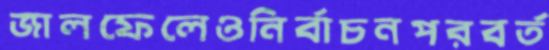
জালফেলেওনির্বাচনপরবর্ত